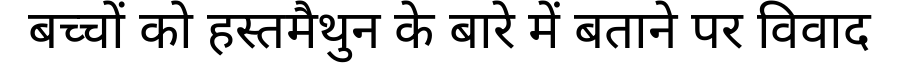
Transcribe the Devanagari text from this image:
बच्चों को हस्तमैथुन के बारे में बताने पर विवाद